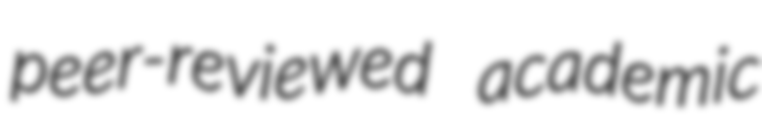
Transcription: peer-reviewed academic